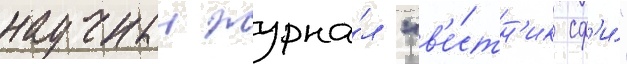
научныи журна́л "в'е́стн'ик сф'и́"